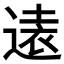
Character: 𫟨